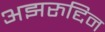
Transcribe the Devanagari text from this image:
अझरुद्दिन